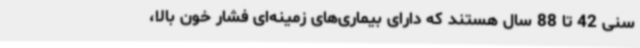
سنی 42 تا 88 سال هستند که دارای بیماری‌های زمینه‌ای فشار خون بالا،